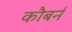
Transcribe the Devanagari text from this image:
कौबर्न